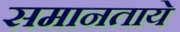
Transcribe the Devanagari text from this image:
समानताये